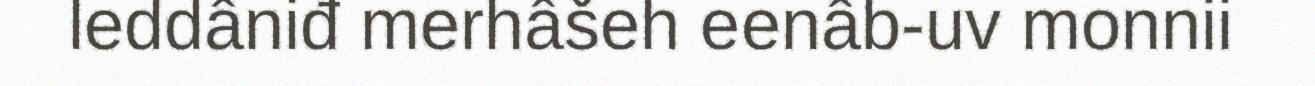
leddâniđ merhâšeh eenâb-uv monnii